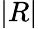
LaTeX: |R|